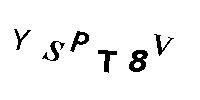
YSPT8V